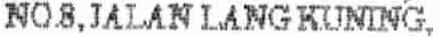
NO.8,JALAN LANG KUNING,